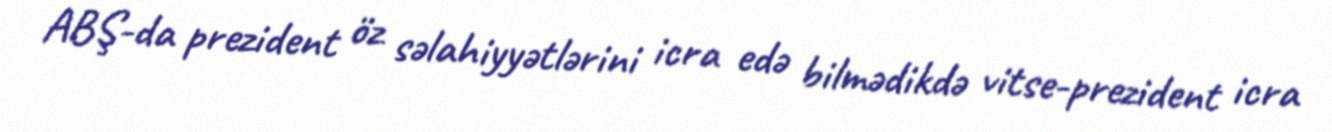
ABŞ-da prezident öz səlahiyyətlərini icra edə bilmədikdə vitse-prezident icra